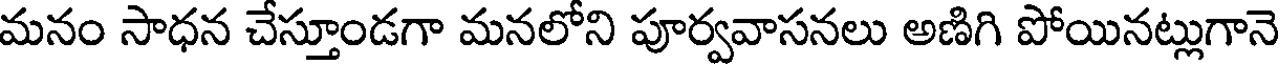
మనం సాధన చేస్తూండగా మనలోని పూర్వవాసనలు అణిగి పోయినట్లుగానె